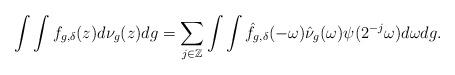
LaTeX: \begin{align*}\int\int f_{g,\delta}(z)d\nu_g(z)dg= \sum_{j\in\mathbb{Z}}\int\int \hat{f}_{g,\delta}(-\omega)\hat{\nu}_{g}(\omega)\psi(2^{-j}\omega)d\omega dg.\end{align*}